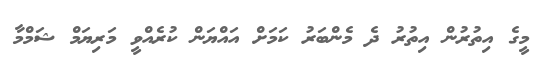
މީގެ އިތުރުން އިތުރު ދެ މެންބަރު ކަމަށް އައްޔަން ކުރެއްވީ މަރިޔަމް ޝަމްމާ